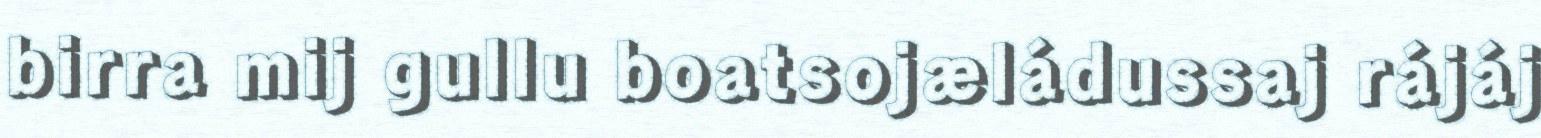
birra mij gullu boatsojæládussaj rájáj